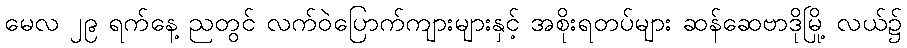
မေလ ၂၉ ရက်နေ့ ညတွင် လက်ဝဲပြောက်ကျားများနှင့် အစိုးရတပ်များ ဆန်ဆေဗာဒိုမြို့ လယ်၌